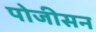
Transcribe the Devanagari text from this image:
पोजीसन